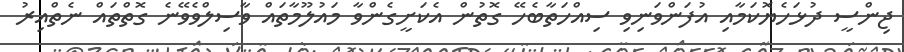
ޖިންސީ ދުޅަހެޔޮކަމާއި އުފަންވަނިވި ސިއްހަތާބެހޭ ގޮތުން އެކަށީގެންވާ މައުލޫމާތައް ވާސިލްވެވޭނެ ގޮތްތައް ނެތްއިރު